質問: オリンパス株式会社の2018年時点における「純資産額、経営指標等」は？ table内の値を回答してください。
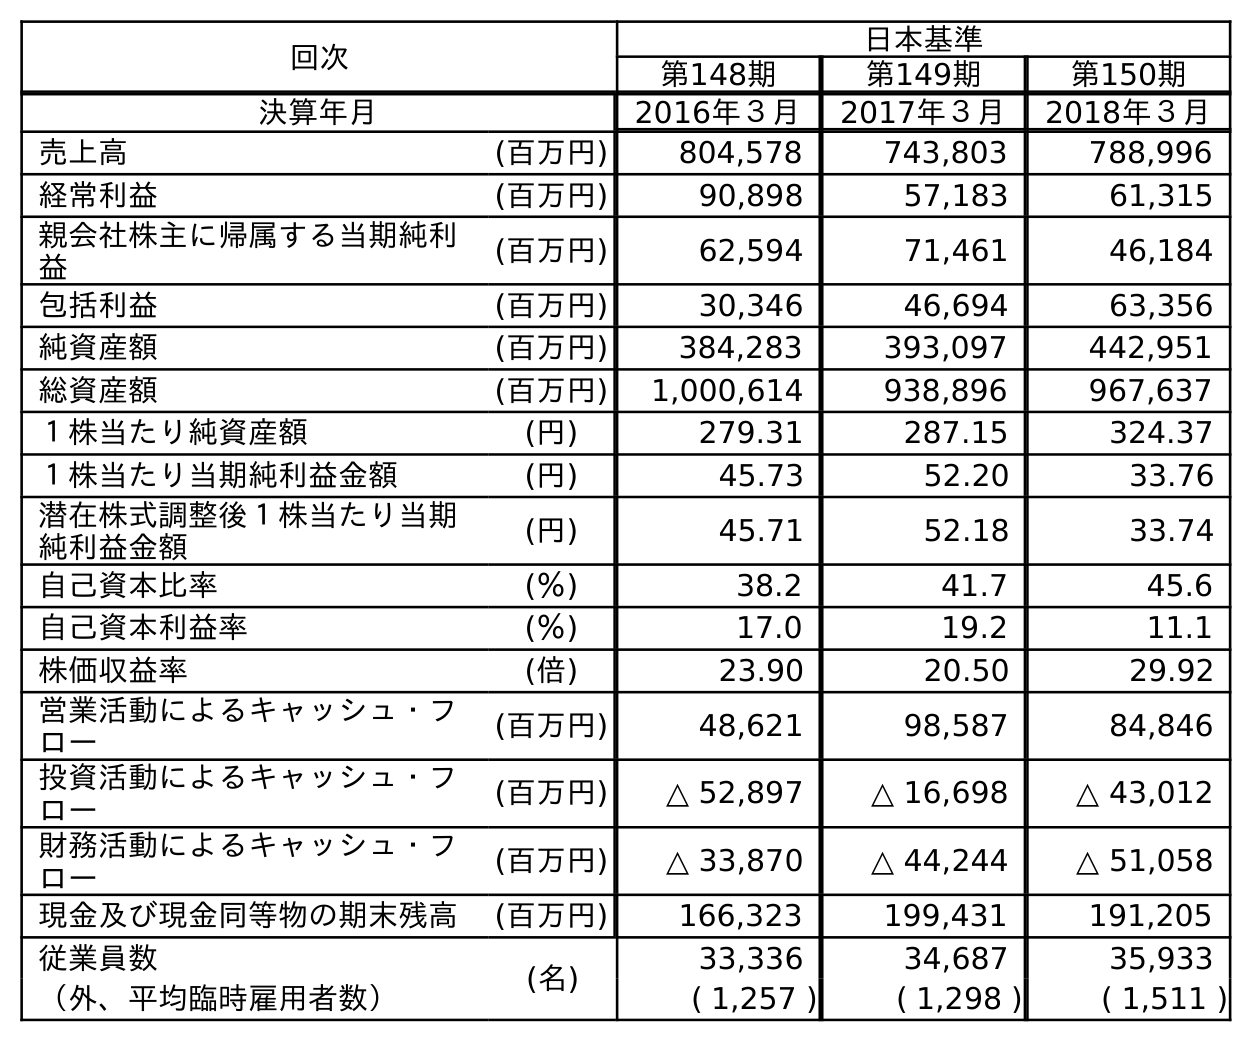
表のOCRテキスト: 回次 日本基準 第148期 第149期 第150期 決算年月 2016年３月 2017年３月 2018年３月 売上高 (百万円) 804,578 743,803 788,996 経常利益 (百万円) 90,898 57,183 61,315 親会社株主に帰属する当期純利 益 (百万円) 62,594 71,461 46,184 包括利益 (百万円) 30,346 46,694 63,356 純資産額 (百万円) 384,283 393,097 442,951 総資産額 (百万円) 1,000,614 938,896 967,637 １株当たり純資産額 (円) 279.31 287.15 324.37 １株当たり当期純利益金額 (円) 45.73 52.20 33.76 潜在株式調整後１株当たり当期 純利益金額 (円) 45.71 52.18 33.74 自己資本比率 (％) 38.2 41.7 45.6 自己資本利益率 (％) 17.0 19.2 11.1 株価収益率 (倍) 23.90 20.50 29.92 営業活動によるキャッシュ・フ ロー (百万円) 48,621 98,587 84,846 投資活動によるキャッシュ・フ ロー (百万円) △ 52,897 △ 16,698 △ 43,012 財務活動によるキャッシュ・フ ロー (百万円) △ 33,870 △ 44,244 △ 51,058 現金及び現金同等物の期末残高 (百万円) 166,323 199,431 191,205 従業員数 (名) 33,336 34,687 35,933 （外、平均臨時雇用者数） ( 1,257 ) ( 1,298 ) ( 1,511 )
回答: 442,951